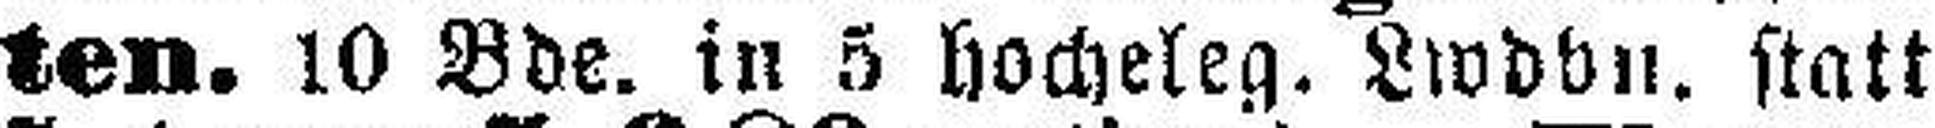
ten. 10 Bde. in 5 hocheleg. Lwdbn. statt